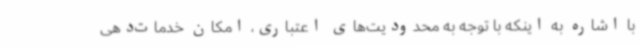
با اشاره به اینکه با توجه به محدودیت‌های اعتباری، امکان خدمات‌دهی